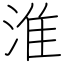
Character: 淮